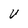
Character: V